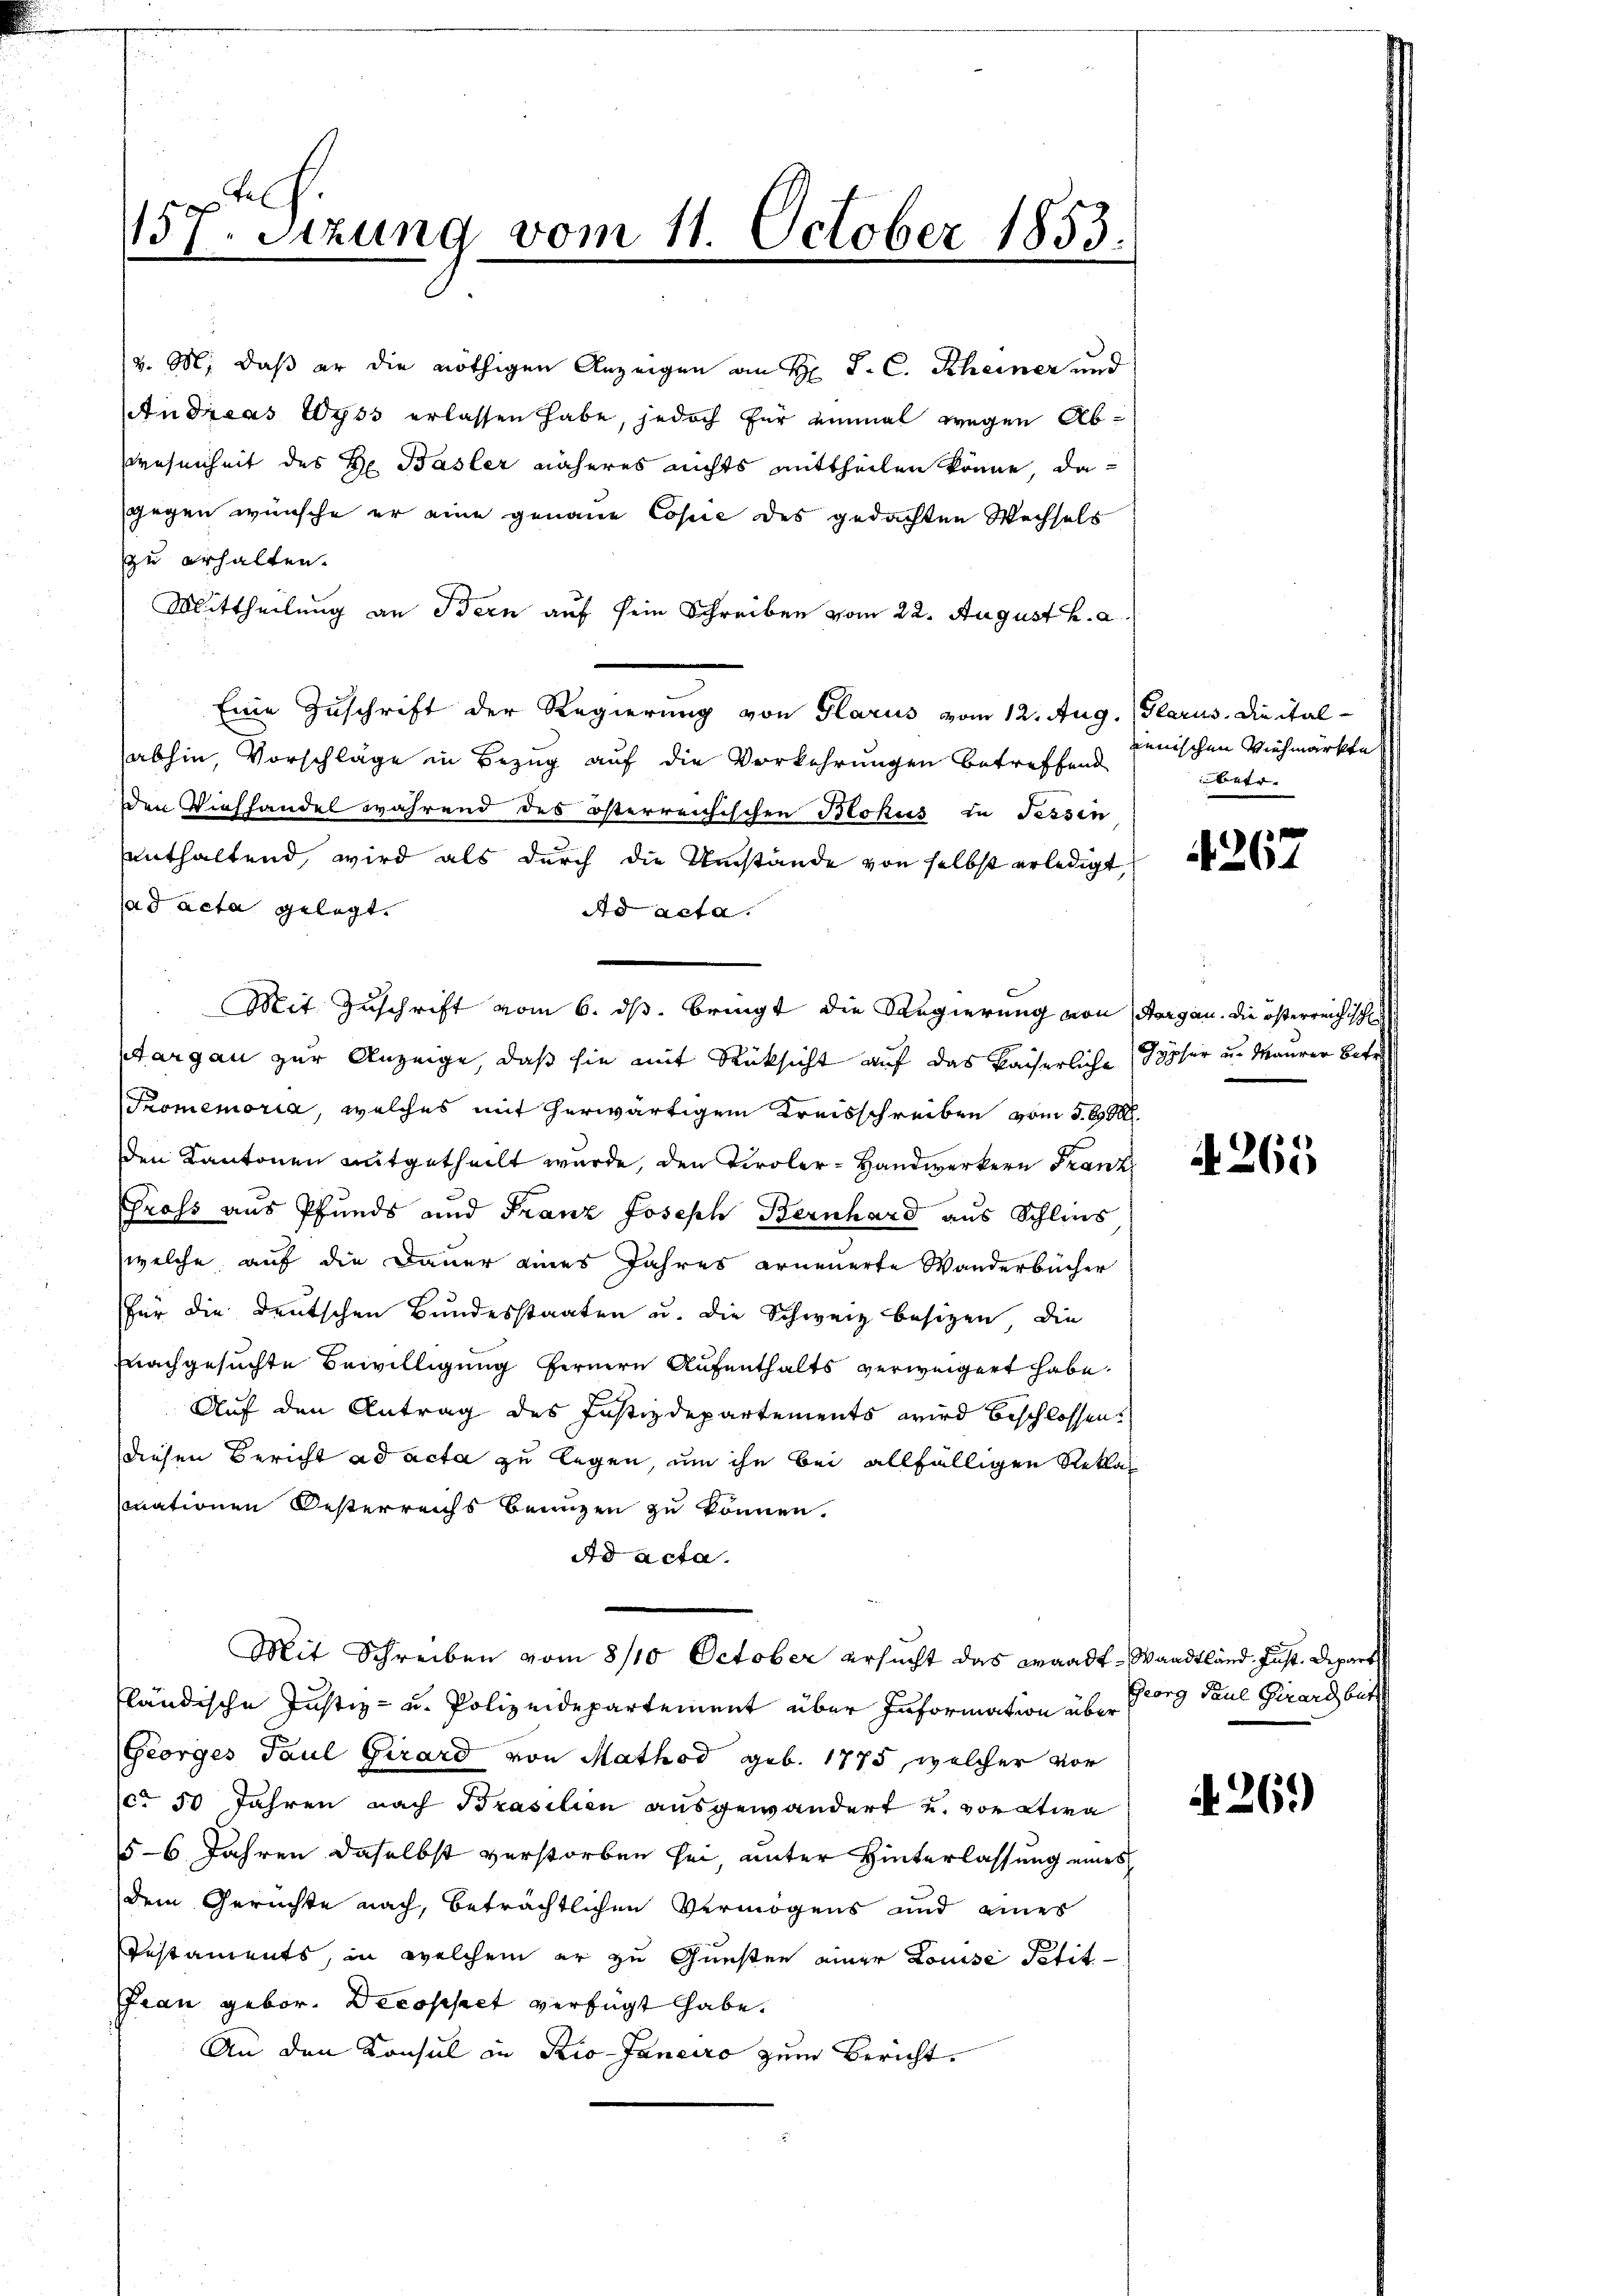
1157. Sizung vom 11. October 1853.

v. M. daß er die nöthigen Anzeigen an H. J. C. Rheiner und
Andisas 20955 erlassen habe, jedoch für einmal wegen Ab¬
Wesenheit des Hr. Basler näheres nichts mittheilen könne, dagegen wünsche er eine genaue Copie des gedachten Wechsels
zu erhalten.
Mittheilung an Bern auf sein Schreiben vom 22. August h. a.
Eine Zuschrift der Regierung von Glarus vom 12. Aug. Glarus, die italabhin, Vorschläge in Bezug auf die Vorkehrungen betreffend
den Viehhandel während des österreichischen Blokus in Tessin
enthaltend, wird als durch die Umstände von selbst erledigt,
ad acta gelegt.
Ad acta.
Mit Zuschrift vom 6. ds. bringt die Regierung von Aargau. Die österreichisch
argau zur Anzeige, daß sie mit Rücksicht auf das kaiserliche Gypfer u. Maurer Sit
Promemoria, welches mit herwärtigem Kreisschreiben vom 5. 600.
den Kantonen mitgetheilt wurde, den Tiroler-Handwerkern Franz
Gross aus Pfands und Franz Joseph Bernhard aus Schlies
welche auf die Dauer eines Jahres erneuerte Wanderbücher
für die deutschen Bundesstaaten u. die Schweiz besizen, die
nachgesuchte Bewilligung fernern Aufenthalts verweigert habe.
Auf den Antrag des Justizdepartements wird beschlossen,
diesen Bericht ad acta zu legen, um ihn bei allfälligen Reklag
mationen Oesterreichs benuzen zu können.
Ad acta.
Mit Schreiben vom 8/10 October ersucht das Waadt, Waadtland Just. Depart
fländische Justiz- u. Polizeidepartement über Information über Georg Paul Girard bit
Georges Paul Girard von Mathod geb. 1775, welcher vor
(ca 50 Jahren nach Brasilien ausgewändert und vor etwa
56 Jahren daselbst verstorben sei, unter Hinterlassung eines
dem Gerichte nach, beträchtlichen Vermögens und eines
Testaments, in welchem er zu Gunsten einer Louise Petit-
Frau gebor. Decoppet verfügt habe.
An den Konsul in Rio Janeiro zum Bericht.

renischen Viehmärkte
betr.

4261

265

A. 261)